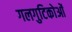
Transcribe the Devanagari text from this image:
गलगुटिकोओं